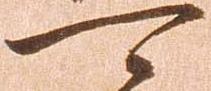
可